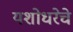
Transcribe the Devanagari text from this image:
यशोधरेचे